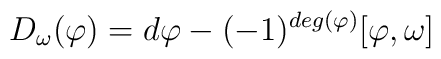
D_{\omega} (\varphi)=d\varphi -(-1)^{deg(\varphi)}[\varphi ,\omega]